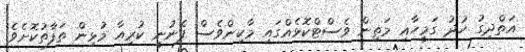
އަތްދިގު ހުދު ގަމީހާއި މަތިން ވެސްޓްކޮޅެއްގައި މާކިންވެސް ފެނުނީ ކުރިއާ މުޅިން ތަފާތުކޮށެވެ.